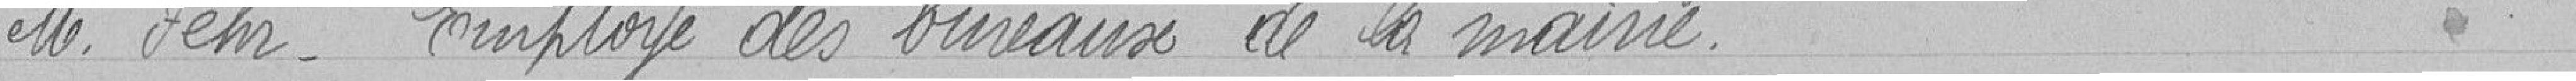
Monsieur FEHR   - Employé des bureaux de la Mairie